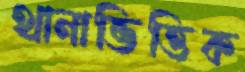
থানাভিত্তিক